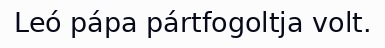
Leó pápa pártfogoltja volt.